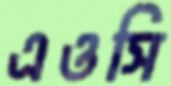
এওসি